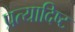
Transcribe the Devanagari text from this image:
प्रत्यादिष्ट